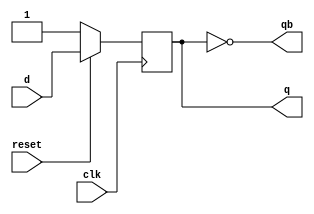
module dff9 (
  input  d    ,
  input  clk  ,
  input  reset,
  output q    ,
  output qb
);

  reg q;

  assign qb = ~q;

  always @(posedge clk)
    if (~reset)
      q <= 1'b1; // Active high-reset
    else
      q <= d;

endmodule